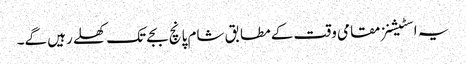
یہ اسٹیشنز مقامی وقت کے مطابق شام پانچ بجے تک کھلے رہیں گے۔